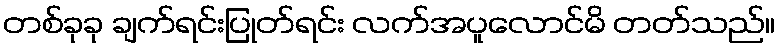
တစ်ခုခု ချက်ရင်းပြုတ်ရင်း လက်အပူလောင်မိ တတ်သည်။